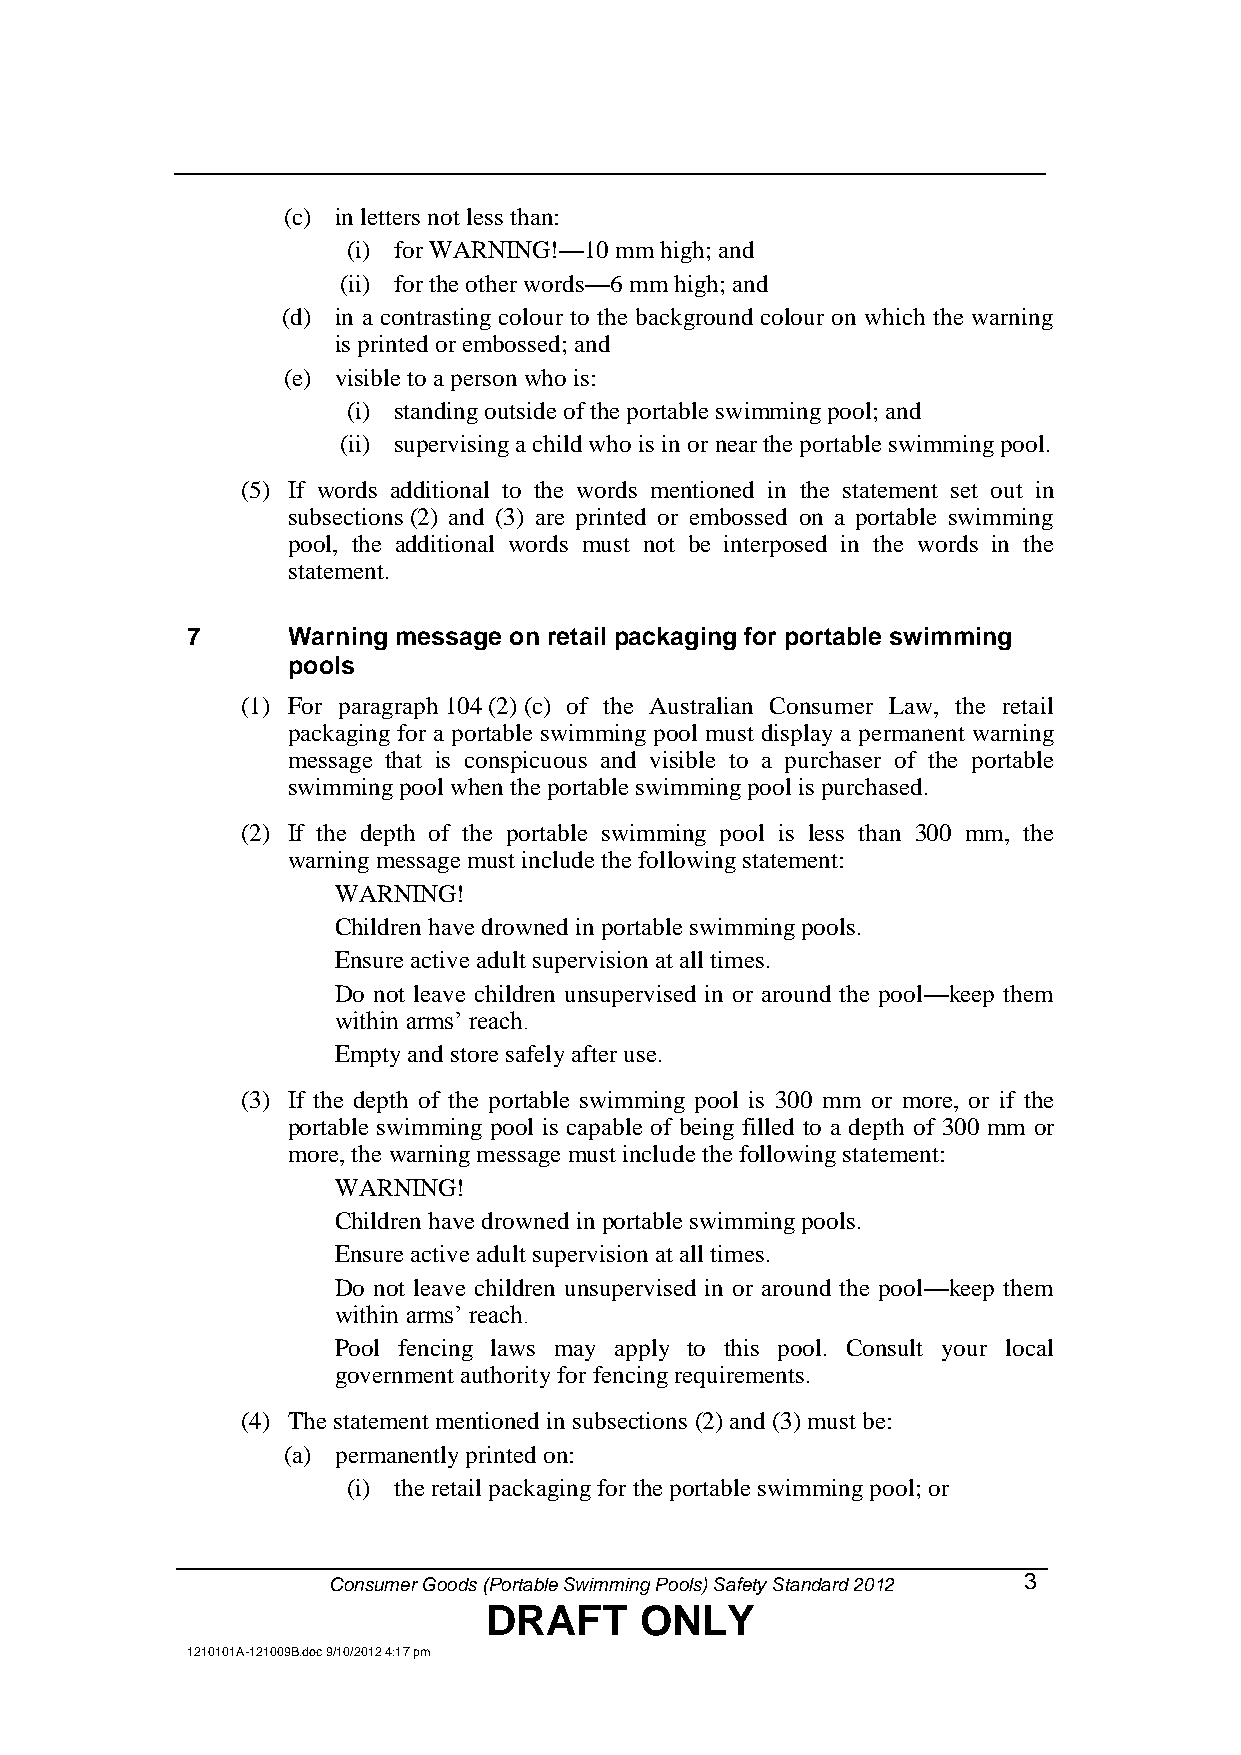
(c) in letters not less than:
 (i) for WARNING!—10 mm high; and
 (ii) for the other words—6 mm high; and
 (d) in a contrasting colour to the background colour on which the warning
 is printed or embossed; and
 (e) visible to a person who is:
 (i) standing outside of the portable swimming pool; and
 (ii) supervising a child who is in or near the portable swimming pool.
 (5) If words additional to the words mentioned in the statement set out in
 subsections (2) and (3) are printed or embossed on a portable swimming
 pool, the additional words must not be interposed in the words in the
 statement.
 7      Warning message on retail packaging for portable swimming
 pools
 (1) For paragraph 104 (2) (c) of the Australian Consumer Law, the retail
 packaging for a portable swimming pool must display a permanent warning
 message that is conspicuous and visible to a purchaser of the portable
 swimming pool when the portable swimming pool is purchased.
 (2) If the depth of the portable swimming pool is less than 300 mm, the
 warning message must include the following statement:
 WARNING!
 Children have drowned in portable swimming pools.
 Ensure active adult supervision at all times.
 Do not leave children unsupervised in or around the pool—keep them
 within arms’ reach.
 Empty and store safely after use.
 (3) If the depth of the portable swimming pool is 300 mm or more, or if the
 portable swimming pool is capable of being filled to a depth of 300 mm or
 more, the warning message must include the following statement:
 WARNING!
 Children have drowned in portable swimming pools.
 Ensure active adult supervision at all times.
 Do not leave children unsupervised in or around the pool—keep them
 within arms’ reach.
 Pool fencing laws may apply to this pool. Consult your local
 government authority for fencing requirements.
 (4) The statement mentioned in subsections (2) and (3) must be:
 (a) permanently printed on:
 (i) the retail packaging for the portable swimming pool; or
 Consumer Goods (Portable Swimming Pools) Safety Standard 2012 3
 DRAFT     ONLY
 1210101A-121009B.doc 9/10/2012 4:17 pm